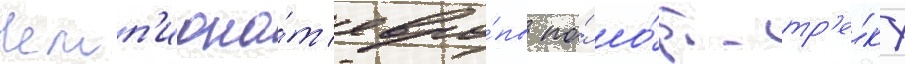
Чемп'иона́т евро́пы по́ шо́рт-тр'е́ку